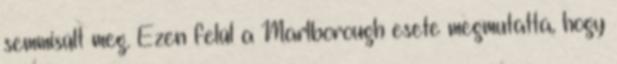
semmisült meg. Ezen felül a Marlborough esete megmutatta, hogy